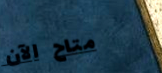
متاح الآن